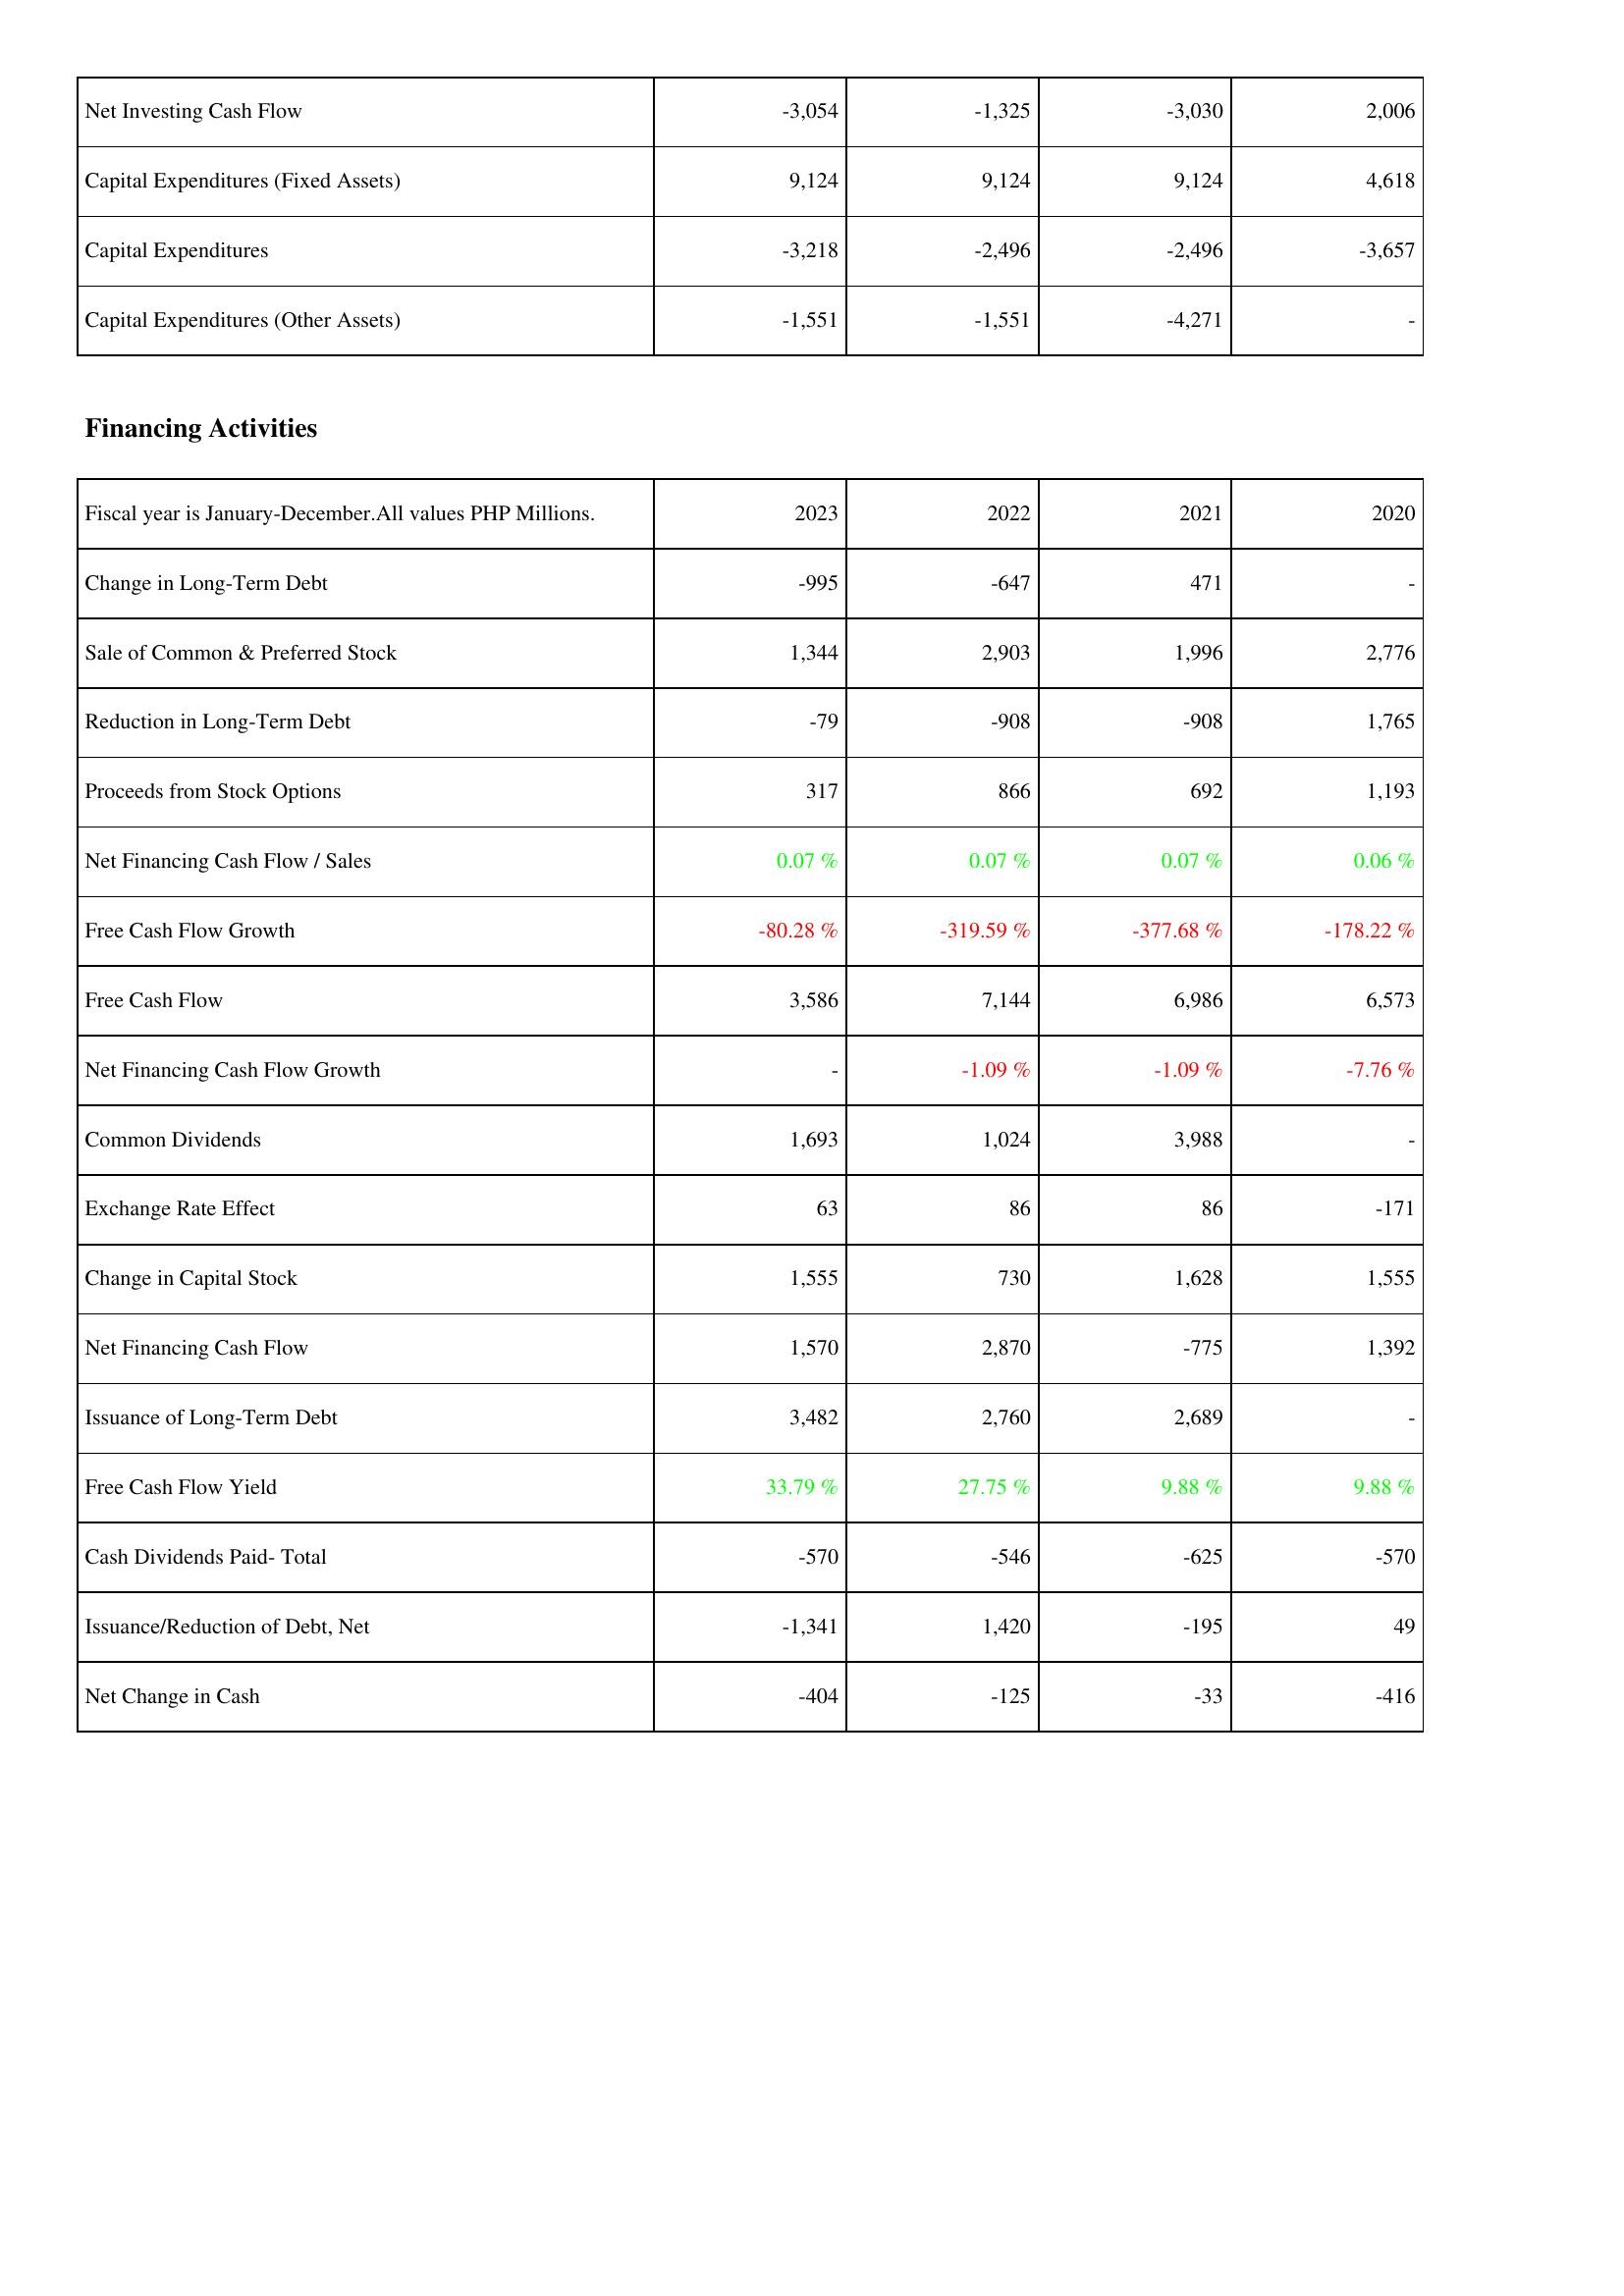
2023: Investing Activities: Net Investing Cash Flow: -3,054
Capital Expenditures (Fixed Assets): 9,124
Capital Expenditures: -3,218
Capital Expenditures (Other Assets): -1,551
Financing Activities: Change in Long-Term Debt: -995
Sale of Common & Preferred Stock: 1,344
Reduction in Long-Term Debt: -79
Proceeds from Stock Options: 317
Net Financing Cash Flow / Sales: 0.07 %
Free Cash Flow Growth: -80.28 %
Free Cash Flow: 3,586
Net Financing Cash Flow Growth: -
Common Dividends: 1,693
Exchange Rate Effect: 63
Change in Capital Stock: 1,555
Net Financing Cash Flow: 1,570
Issuance of Long-Term Debt: 3,482
Free Cash Flow Yield: 33.79 %
Cash Dividends Paid- Total: -570
Issuance/Reduction of Debt, Net: -1,341
Net Change in Cash: -404
2022: Investing Activities: Net Investing Cash Flow: -1,325
Capital Expenditures (Fixed Assets): 9,124
Capital Expenditures: -2,496
Capital Expenditures (Other Assets): -1,551
Financing Activities: Change in Long-Term Debt: -647
Sale of Common & Preferred Stock: 2,903
Reduction in Long-Term Debt: -908
Proceeds from Stock Options: 866
Net Financing Cash Flow / Sales: 0.07 %
Free Cash Flow Growth: -319.59 %
Free Cash Flow: 7,144
Net Financing Cash Flow Growth: -1.09 %
Common Dividends: 1,024
Exchange Rate Effect: 86
Change in Capital Stock: 730
Net Financing Cash Flow: 2,870
Issuance of Long-Term Debt: 2,760
Free Cash Flow Yield: 27.75 %
Cash Dividends Paid- Total: -546
Issuance/Reduction of Debt, Net: 1,420
Net Change in Cash: -125
2021: Investing Activities: Net Investing Cash Flow: -3,030
Capital Expenditures (Fixed Assets): 9,124
Capital Expenditures: -2,496
Capital Expenditures (Other Assets): -4,271
Financing Activities: Change in Long-Term Debt: 471
Sale of Common & Preferred Stock: 1,996
Reduction in Long-Term Debt: -908
Proceeds from Stock Options: 692
Net Financing Cash Flow / Sales: 0.07 %
Free Cash Flow Growth: -377.68 %
Free Cash Flow: 6,986
Net Financing Cash Flow Growth: -1.09 %
Common Dividends: 3,988
Exchange Rate Effect: 86
Change in Capital Stock: 1,628
Net Financing Cash Flow: -775
Issuance of Long-Term Debt: 2,689
Free Cash Flow Yield: 9.88 %
Cash Dividends Paid- Total: -625
Issuance/Reduction of Debt, Net: -195
Net Change in Cash: -33
2020: Investing Activities: Net Investing Cash Flow: 2,006
Capital Expenditures (Fixed Assets): 4,618
Capital Expenditures: -3,657
Capital Expenditures (Other Assets): -
Financing Activities: Change in Long-Term Debt: -
Sale of Common & Preferred Stock: 2,776
Reduction in Long-Term Debt: 1,765
Proceeds from Stock Options: 1,193
Net Financing Cash Flow / Sales: 0.06 %
Free Cash Flow Growth: -178.22 %
Free Cash Flow: 6,573
Net Financing Cash Flow Growth: -7.76 %
Common Dividends: -
Exchange Rate Effect: -171
Change in Capital Stock: 1,555
Net Financing Cash Flow: 1,392
Issuance of Long-Term Debt: -
Free Cash Flow Yield: 9.88 %
Cash Dividends Paid- Total: -570
Issuance/Reduction of Debt, Net: 49
Net Change in Cash: -416